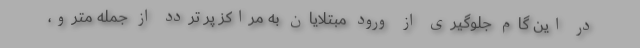
در این گام جلوگیری از ورود مبتلایان به مراکز پر تردد از جمله مترو،